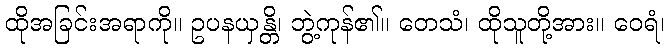
ထိုအခြင်းအရာကို။ ဥပနယှန္တိ၊ ဘွဲ့ကုန်၏။ တေသံ၊ ထိုသူတို့အား။ ဝေရံ၊